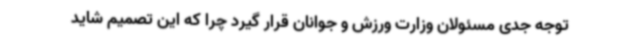
توجه جدی مسئولان وزارت ورزش و جوانان قرار گیرد چرا که این تصمیم شاید